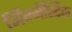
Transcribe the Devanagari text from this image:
जिम्नॅस्टिक